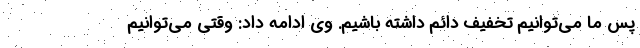
پس ما مي‌توانيم تخفيف دائم داشته باشيم. وي ادامه داد: وقتي مي‌توانيم